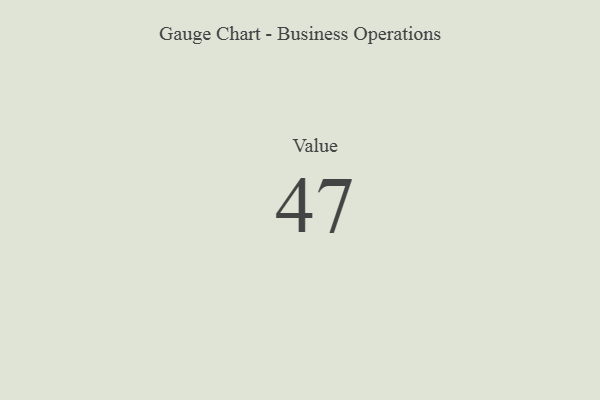
{"axis": {"x": "Metric", "y": "Value"}, "legend": [""], "data": [{"x": "Value", "y": 47, "type": ""}]}